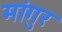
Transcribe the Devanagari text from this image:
मांगुर